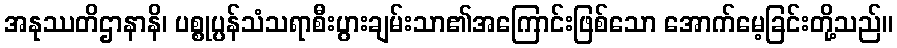
အနုဿတိဌာနာနိ၊ ပစ္စုပ္ပန်သံသရာစီးပွားချမ်းသာ၏အကြောင်းဖြစ်သော အောက်မေ့ခြင်းတို့သည်။